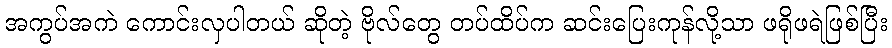
အကွပ်အကဲ ကောင်းလှပါတယ် ဆိုတဲ့ ဗိုလ်တွေ တပ်ထိပ်က ဆင်းပြေးကုန်လို့သာ ဖရိုဖရဲဖြစ်ပြီး